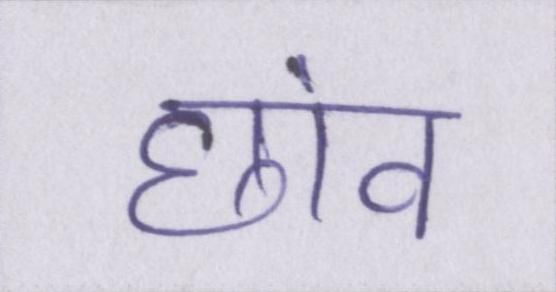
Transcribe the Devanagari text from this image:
छांव